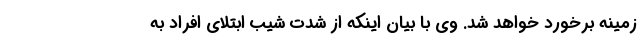
زمینه برخورد خواهد شد. وی با بیان اینکه از شدت شیب ابتلای افراد به